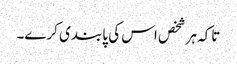
تاکہ ہر شخص اس کی پابندی کرے۔